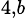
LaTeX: ^{4,b}